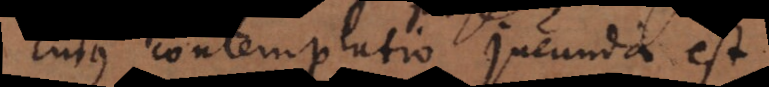
cujus contemplatio jucunda est,